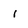
Character: 1